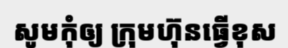
សូមកុំឲ្យ ក្រុមហ៊ុនធ្វើខុស